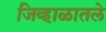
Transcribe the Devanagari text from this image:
जिव्हाळातले